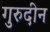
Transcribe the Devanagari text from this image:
गुरुदीन